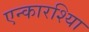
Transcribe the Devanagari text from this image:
एन्कारश्यिा